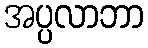
အပ္ပလာဘာ